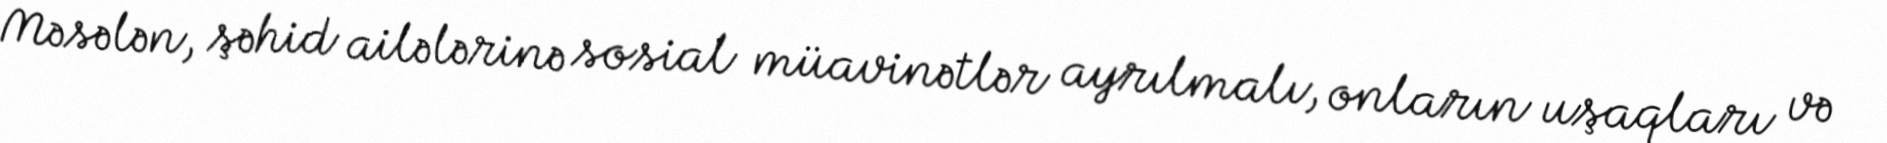
Məsələn, şəhid ailələrinə sosial müavinətlər ayrılmalı, onların uşaqları və